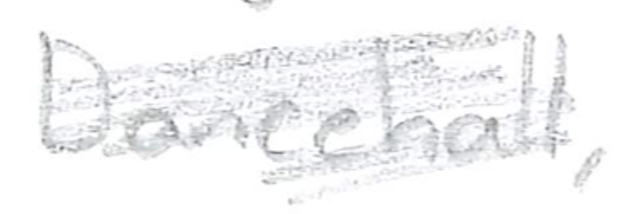
Text: Dancehall,
Cross-out: scratch
Writing tool: pencil